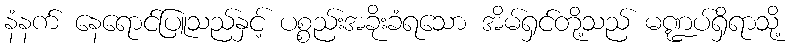
နံနက် နေရောင်ပြူသည်နှင့် ပစ္စည်းအခိုးခံရသော အိမ်ရှင်တို့သည် မဏ္ဍပ်ရှိရာသို့